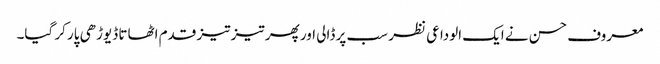
معروف حسن نے ایک الوداعی نظر سب پر ڈالی اور پھر تیز تیز قدم اٹھاتا ڈیوڑھی پار کر گیا۔